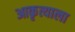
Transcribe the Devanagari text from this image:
आकृत्याला